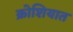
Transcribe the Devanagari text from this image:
क्रोशियात